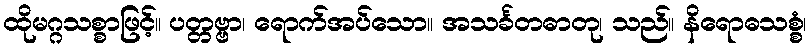
ထိုမဂ္ဂသစ္စာဖြင့်။ ပတ္တဗ္ဗာ၊ ရောက်အပ်သော။ အသင်္ခတဓာတု၊ သည်။ နိရောဓသစ္စံ၊